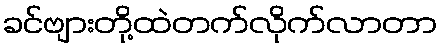
ခင်ဗျားတို့ထဲတက်လိုက်လာတာ